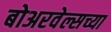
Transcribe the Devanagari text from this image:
बोअरवेल्सच्या